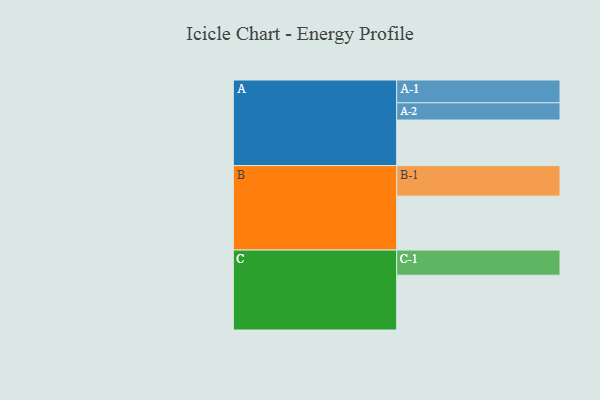
{"axis": {"x": "Segment", "y": "Value"}, "legend": ["", "A", "B", "C"], "data": [{"x": "A", "y": 442, "type": ""}, {"x": "B", "y": 523, "type": ""}, {"x": "C", "y": 531, "type": ""}, {"x": "A-1", "y": 221, "type": "A"}, {"x": "A-2", "y": 167, "type": "A"}, {"x": "B-1", "y": 296, "type": "B"}, {"x": "C-1", "y": 244, "type": "C"}]}